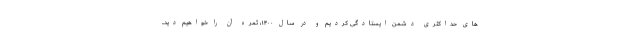
های حداکثری دشمن ایستادگی کردیم و در سال ۱۴۰۰، ثمره آن را خواهیم دید..